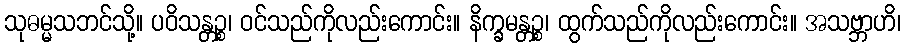
သုဓမ္မသဘင်သို့။ ပဝိသန္တဉ္စ၊ ဝင်သည်ကိုလည်းကောင်း။ နိက္ခမန္တဉ္စ၊ ထွက်သည်ကိုလည်းကောင်း။ အသဗ္ဘာဟိ၊